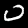
Digit: 0